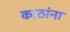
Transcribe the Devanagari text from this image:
काठांना